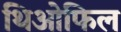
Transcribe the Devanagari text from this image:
थिओफिल